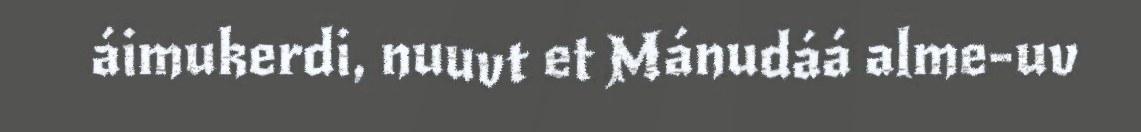
áimukerdi, nuuvt et Mánudáá alme-uv